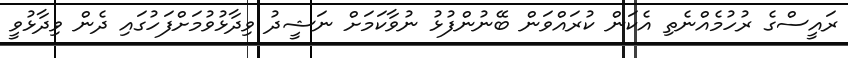
ރައީސްގެ ރުހުމެއްނެތި އެކަން ކުރައްވަން ބޭނުންފުޅު ނުވާކަމަށް ނަޝީދު ވިދާޅުވުމަށްފަހުގައި ދެން ވިދާޅުވީ